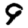
Digit: 9